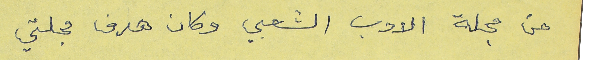
من مجلة الادب الشعبي وكان هدف مجلتي